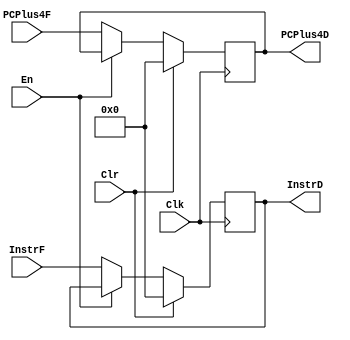
// pipeline register between fetch and decode
module FDReg
(
    input [31:0] InstrF, // instruction from fetch stage
    output reg [31:0] InstrD, // instruction to decode stage
    input [31:0] PCPlus4F, // program counter fetch
    output reg [31:0] PCPlus4D, // program counter decode
    input En, // enable
    input Clk, // clock
    input Clr // clear
);

always @(posedge Clk)
begin
    if (Clr)
    begin
    	InstrD <= 31'h0;
    	PCPlus4D <= 31'h0;
    end
    else if(~En)
    begin
        InstrD <= InstrF;
	PCPlus4D <= PCPlus4F;
    end
end
endmodule